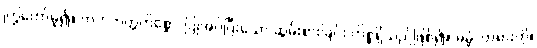
ကြွတော်မူ၍။ ကတဘတ္တကိစ္စော၊ ပြုအပ်ပြီးသော ဆွမ်းစားခြင်း ကိစ္စရှိသည်ဖြစ်၍။ ဓမ္မံ၊ တရားကို။